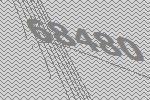
68480